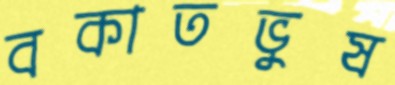
বকাতভুষ